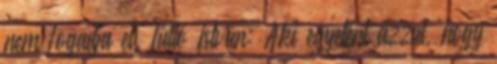
nem fogadja el. Tüttő István: Aki egyetért azzal, hogy